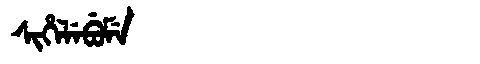
Manchu: ᠰᡳᡥᡝᠯᡝᠪᡠᠮᡝ
Romanization: SIHELEBUME